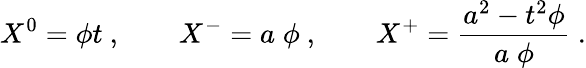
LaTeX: X^{0}=\phi t\ ,\qquad X^{-}=a\; \phi\ ,\qquad X^{+}={\frac{a^{2}-t^{2}\phi}{a\; \phi}}\ .